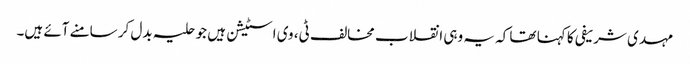
مہدی شریفی کا کہنا تھا کہ یہ وہی انقلاب مخالف ٹی، وی اسٹیشن ہیں جو حلیہ بدل کر سامنے آئے ہیں۔